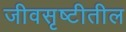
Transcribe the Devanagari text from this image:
जीवसृष्टीतील